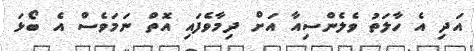
އަދި އެ ހާލަތު ވެލެންސިއާ އަށް ދިމާވެފައި އޮތް ނަމަވެސް އެ ބޯޅަ